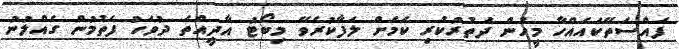
ފައްސަތޭކައެއްހާ މީހުން ދަތުރުކުރި ކަމަށް ލަފާކުރެވޭ މިބޯޓު އާދީއްތަ ދުވަހު ފެތުމުން ގެއްލުނު